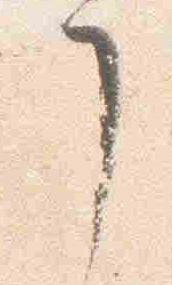
了